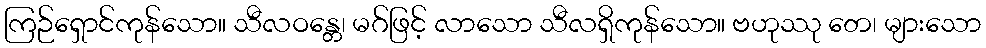
ကြဉ်ရှောင်ကုန်သော။ သီလဝန္တေ၊ မဂ်ဖြင့် လာသော သီလရှိကုန်သော။ ဗဟုဿု တေ၊ များသော